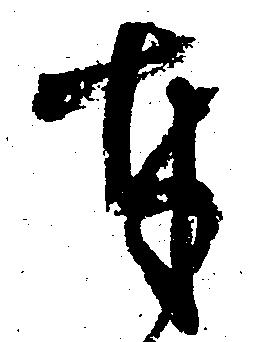
本